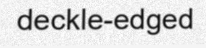
deckle-edged